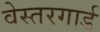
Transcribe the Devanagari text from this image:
वेस्तरगार्ड